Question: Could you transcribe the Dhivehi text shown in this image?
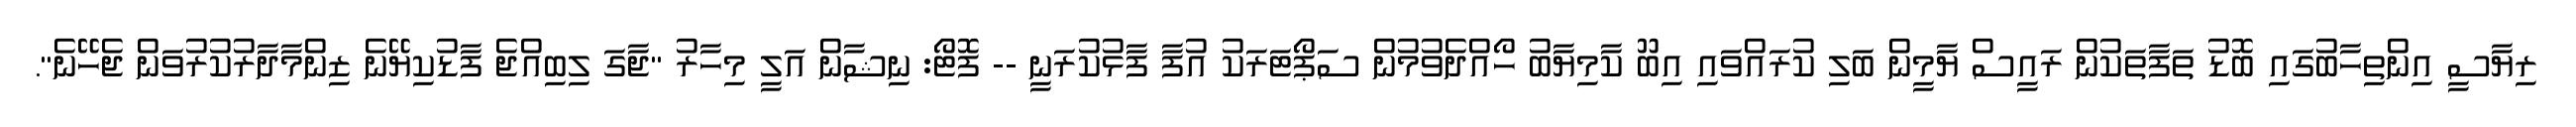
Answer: ރިޔާސީ އިންތިހާބުގައި ބޮޑު ތަފާތަކުން ރައީސް ޔާމީން ބަލި ކުރައްވައި އިބޫ ކާމިޔާބު ހޯއްދެވުމުން ސަޕޯޓަރަކު އުފާ ފާޅުކުރަނީ -- ފޮޓޯ: ނިޝާން އަލީ މިހާރު "ޖާގަ ލިބިއްޖެ ފާޑުކިޔޭނެ ޒިންމާދާރުކުރުވަން ޖެހޭނެ".